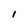
Character: I